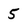
Character: 5